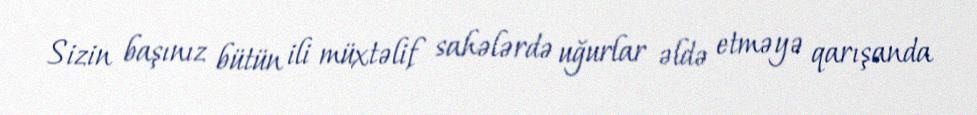
Sizin başınız bütün ili müxtəlif sahələrdə uğurlar əldə etməyə qarışanda